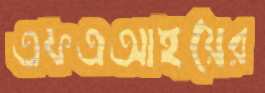
এফএআইয়ের